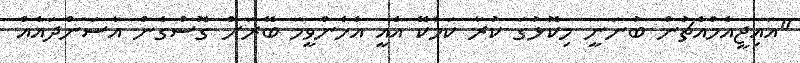
"އައިޖީއެމްއެޗުން ބުނަނީ މިކޮޅުގަ ކުރާ ކަމެކޭ އެއީ އެހެންވީމަ ބޭރަށް ގޮސްގެން އާސަންދައެއް